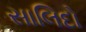
સાલિદો